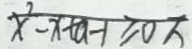
x ^ { 2 } - x + a - 1 \geqslant 0 \pi